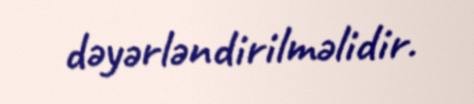
dəyərləndirilməlidir.